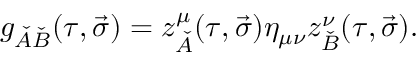
g _ { \check { A } \check { B } } ( \tau , \vec { \sigma } ) = z _ { \check { A } } ^ { \mu } ( \tau , \vec { \sigma } ) \eta _ { \mu \nu } z _ { \check { B } } ^ { \nu } ( \tau , \vec { \sigma } ) .